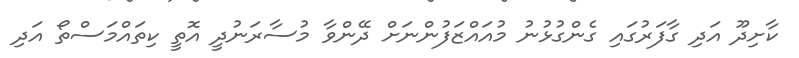
ކާށިދޫ އަދި ގާފަރުގައި ގެންގުޅުނު މުއައްޒަފުންނަށް ދޭންވާ މުސާރަނުދީ އޮތީ ކިތައްމަސްތޯ އަދި